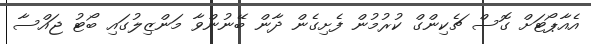
އެއާޕޯޓަށް ގޮސް ޗެކިންގް ކުރުމުން ފެށިގެން ދާން ބޭނުންވާ މަންޒިލުގައި ބޯޓު ޖައްސާ